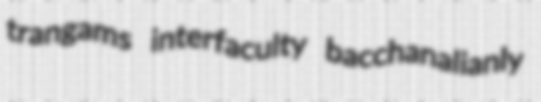
trangams interfaculty bacchanalianly